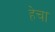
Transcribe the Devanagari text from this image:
हेचा